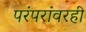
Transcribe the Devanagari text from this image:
परंपरांवरही